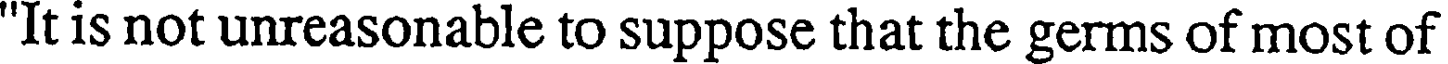
"It is not unreasonable to suppose that the germs of most of